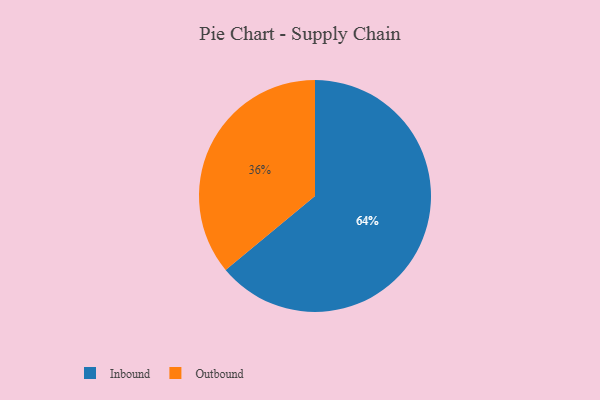
{"axis": {"x": "Category", "y": "Percentage"}, "legend": ["Inbound", "Outbound"], "data": [{"x": "Outbound", "y": 36, "type": "Outbound"}, {"x": "Inbound", "y": 64, "type": "Inbound"}]}